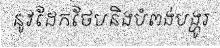
នូវដែកថែបនិងបំពង់បង្ហូរ